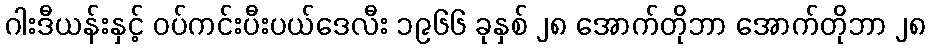
ဂါးဒီယန်းနှင့် ဝပ်ကင်းပီးပယ်ဒေလီး ၁၉၆၆ ခုနှစ် ၂၈ အောက်တိုဘာ အောက်တိုဘာ ၂၈